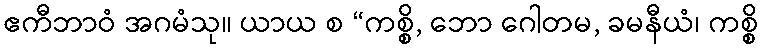
ဧကီဘာဝံ အဂမံသု။ ယာယ စ “ကစ္စိ, ဘော ဂေါတမ, ခမနီယံ၊ ကစ္စိ